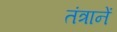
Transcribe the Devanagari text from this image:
तंत्रानें